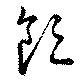
領